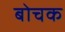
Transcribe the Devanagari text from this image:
बोचक